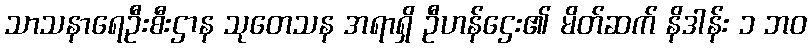
သာသနာရေဦးစီးဌာန သုတေသန အရာရှိ ဦဟန်ဌေး၏ မိတ်ဆက် နိဒါန်း ၁ ဘဝ